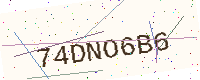
Text: 74DNO6B6